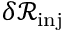
\delta \mathcal { R } _ { \mathrm { i n j } }